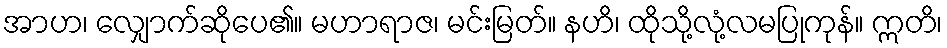
အာဟ၊ လျှောက်ဆိုပေ၏။ မဟာရာဇ၊ မင်းမြတ်။ နဟိ၊ ထိုသို့လုံ့လမပြုကုန်။ ဣတိ၊